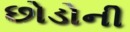
છોડોની